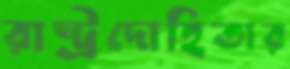
রাষ্ট্রদোহিতার